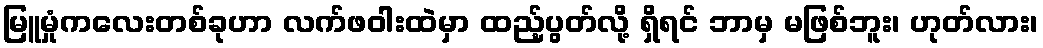
မြူမှုံကလေးတစ်ခုဟာ လက်ဖဝါးထဲမှာ ထည့်ပွတ်လို့ ရှိရင် ဘာမှ မဖြစ်ဘူး၊ ဟုတ်လား၊